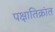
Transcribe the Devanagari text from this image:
पक्षातिक्रांत